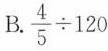
B.$$\frac { 4 } { 5 } \div 1 2 0$$